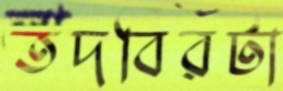
তদবিরটা